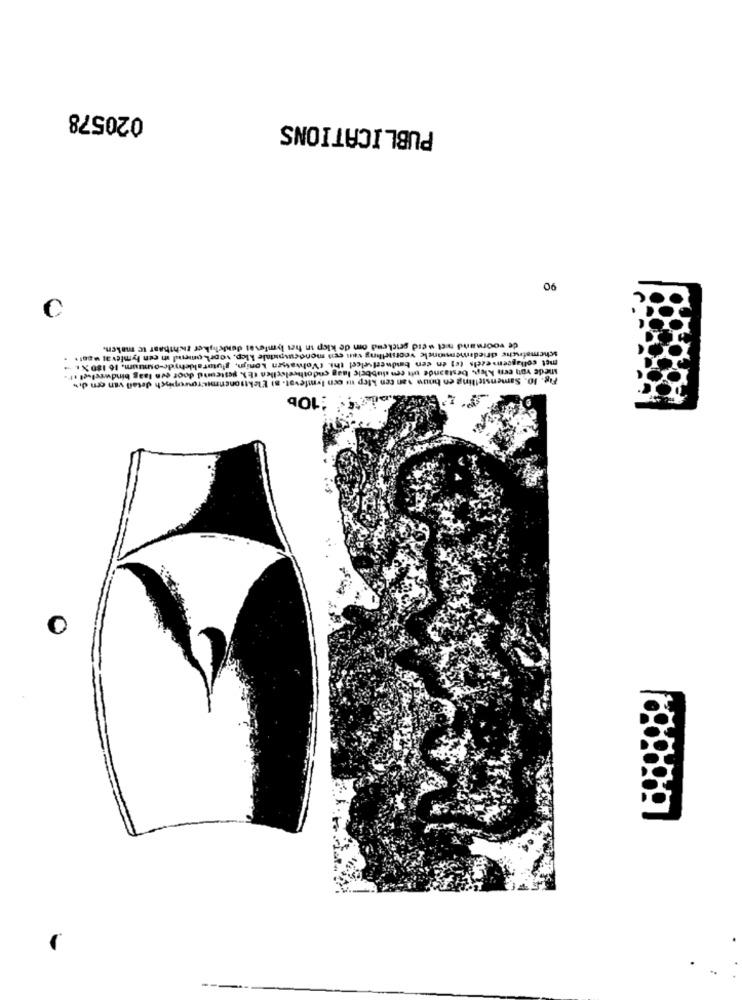
020578
PUBLICATIONS
90
de voorwand nict werd prickend om de klep in hes lymfevat dunkelyker zichtbaar te maken.
schematische driedimensionele voornething van een mondeuspidale klep, voorkomend in een lymfevat was! *
met collageenezels (ej en den bodweefselcel thi t'Volwassen Konijn, glutorakletyde-omnium. 16 180 X 1.
snede von een klep, bestaande uft con dubbele laag endotheelsclien th). gesteund door een laag bindweefsel if".
Fig. 10. Samenstelling en boun van ten klep me een lymfevat. si Elektronenmi-rowopich detail van een di»
:10b
0